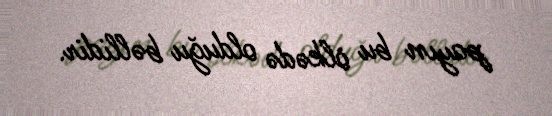
payın bu ölkədə olduğu bəllidir.